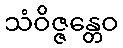
သံဝိဇ္ဇန္တေဝ